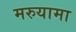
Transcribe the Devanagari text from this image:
मरुयामा